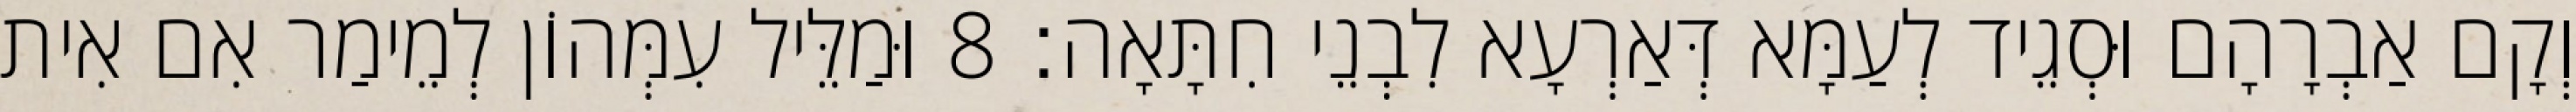
וְקָם אַבְרָהָם וּסְגֵיד לְעַמָּא דְּאַרְעָא לִבְנֵי חִתָּאָה׃ 8 וּמַלֵּיל עִמְּהוֹן לְמֵימַר אִם אִית